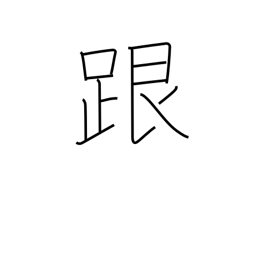
Meaning: heel